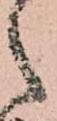
之